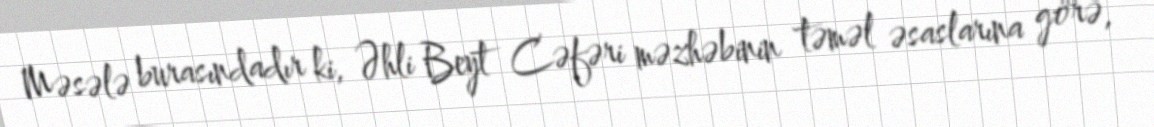
Məsələ burasındadır ki, Əhli Beyt Cəfəri məzhəbinin təməl əsaslarına görə,